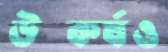
উত্কর্ষও